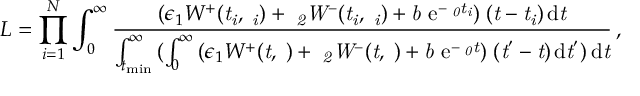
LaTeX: L = \prod _ { i = 1 } ^ { N } { \int _ { 0 } ^ { \infty } \frac { { ( \epsilon _ { 1 } W ^ { + } ( \it { t _ { i } } , \Omega _ { i } ) + \epsilon _ { 2 } W ^ { - } ( \it { t _ { i } } , \Omega _ { i } ) + b \ \mathrm { e } ^ { - \Gamma _ { 0 } \it { t _ { i } } } ) \rho ( \it { t } - \it { t _ { i } } ) } \, \mathrm { d } \it { t } } { \int _ { t _ { \mathrm { m i n } } } ^ { \infty } { ( \int _ { 0 } ^ { \infty } { ( \epsilon _ { 1 } W ^ { + } ( \it { t } , \Omega ) + \epsilon _ { 2 } W ^ { - } ( \it { t } , \Omega ) + b \ \mathrm { e } ^ { - \Gamma _ { 0 } \it { t } } ) \rho ( \it { t } ^ { ' } - \it { t } ) } \, \mathrm { d } \it { t } ^ { ' } ) } \, \mathrm { d } \it { t } } } \, ,